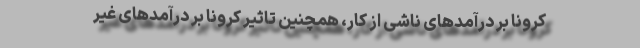
کرونا بر درآمدهای ناشی از کار، همچنین تاثیر کرونا بر درآمدهای غیر